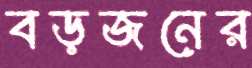
বড়জনের